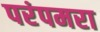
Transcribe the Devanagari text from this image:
परंपमरा